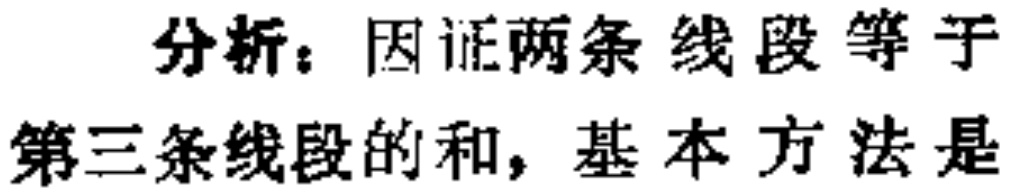
分析：因证两条线段等于第三条线段的和，基本方法是